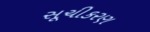
સૂચીકરણ